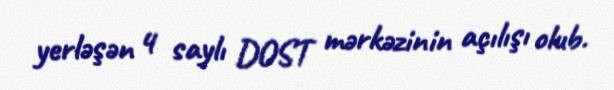
yerləşən 4 saylı DOST mərkəzinin açılışı olub.